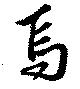
焉